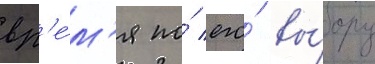
вр'е́м'я по́ его́ вы́бору